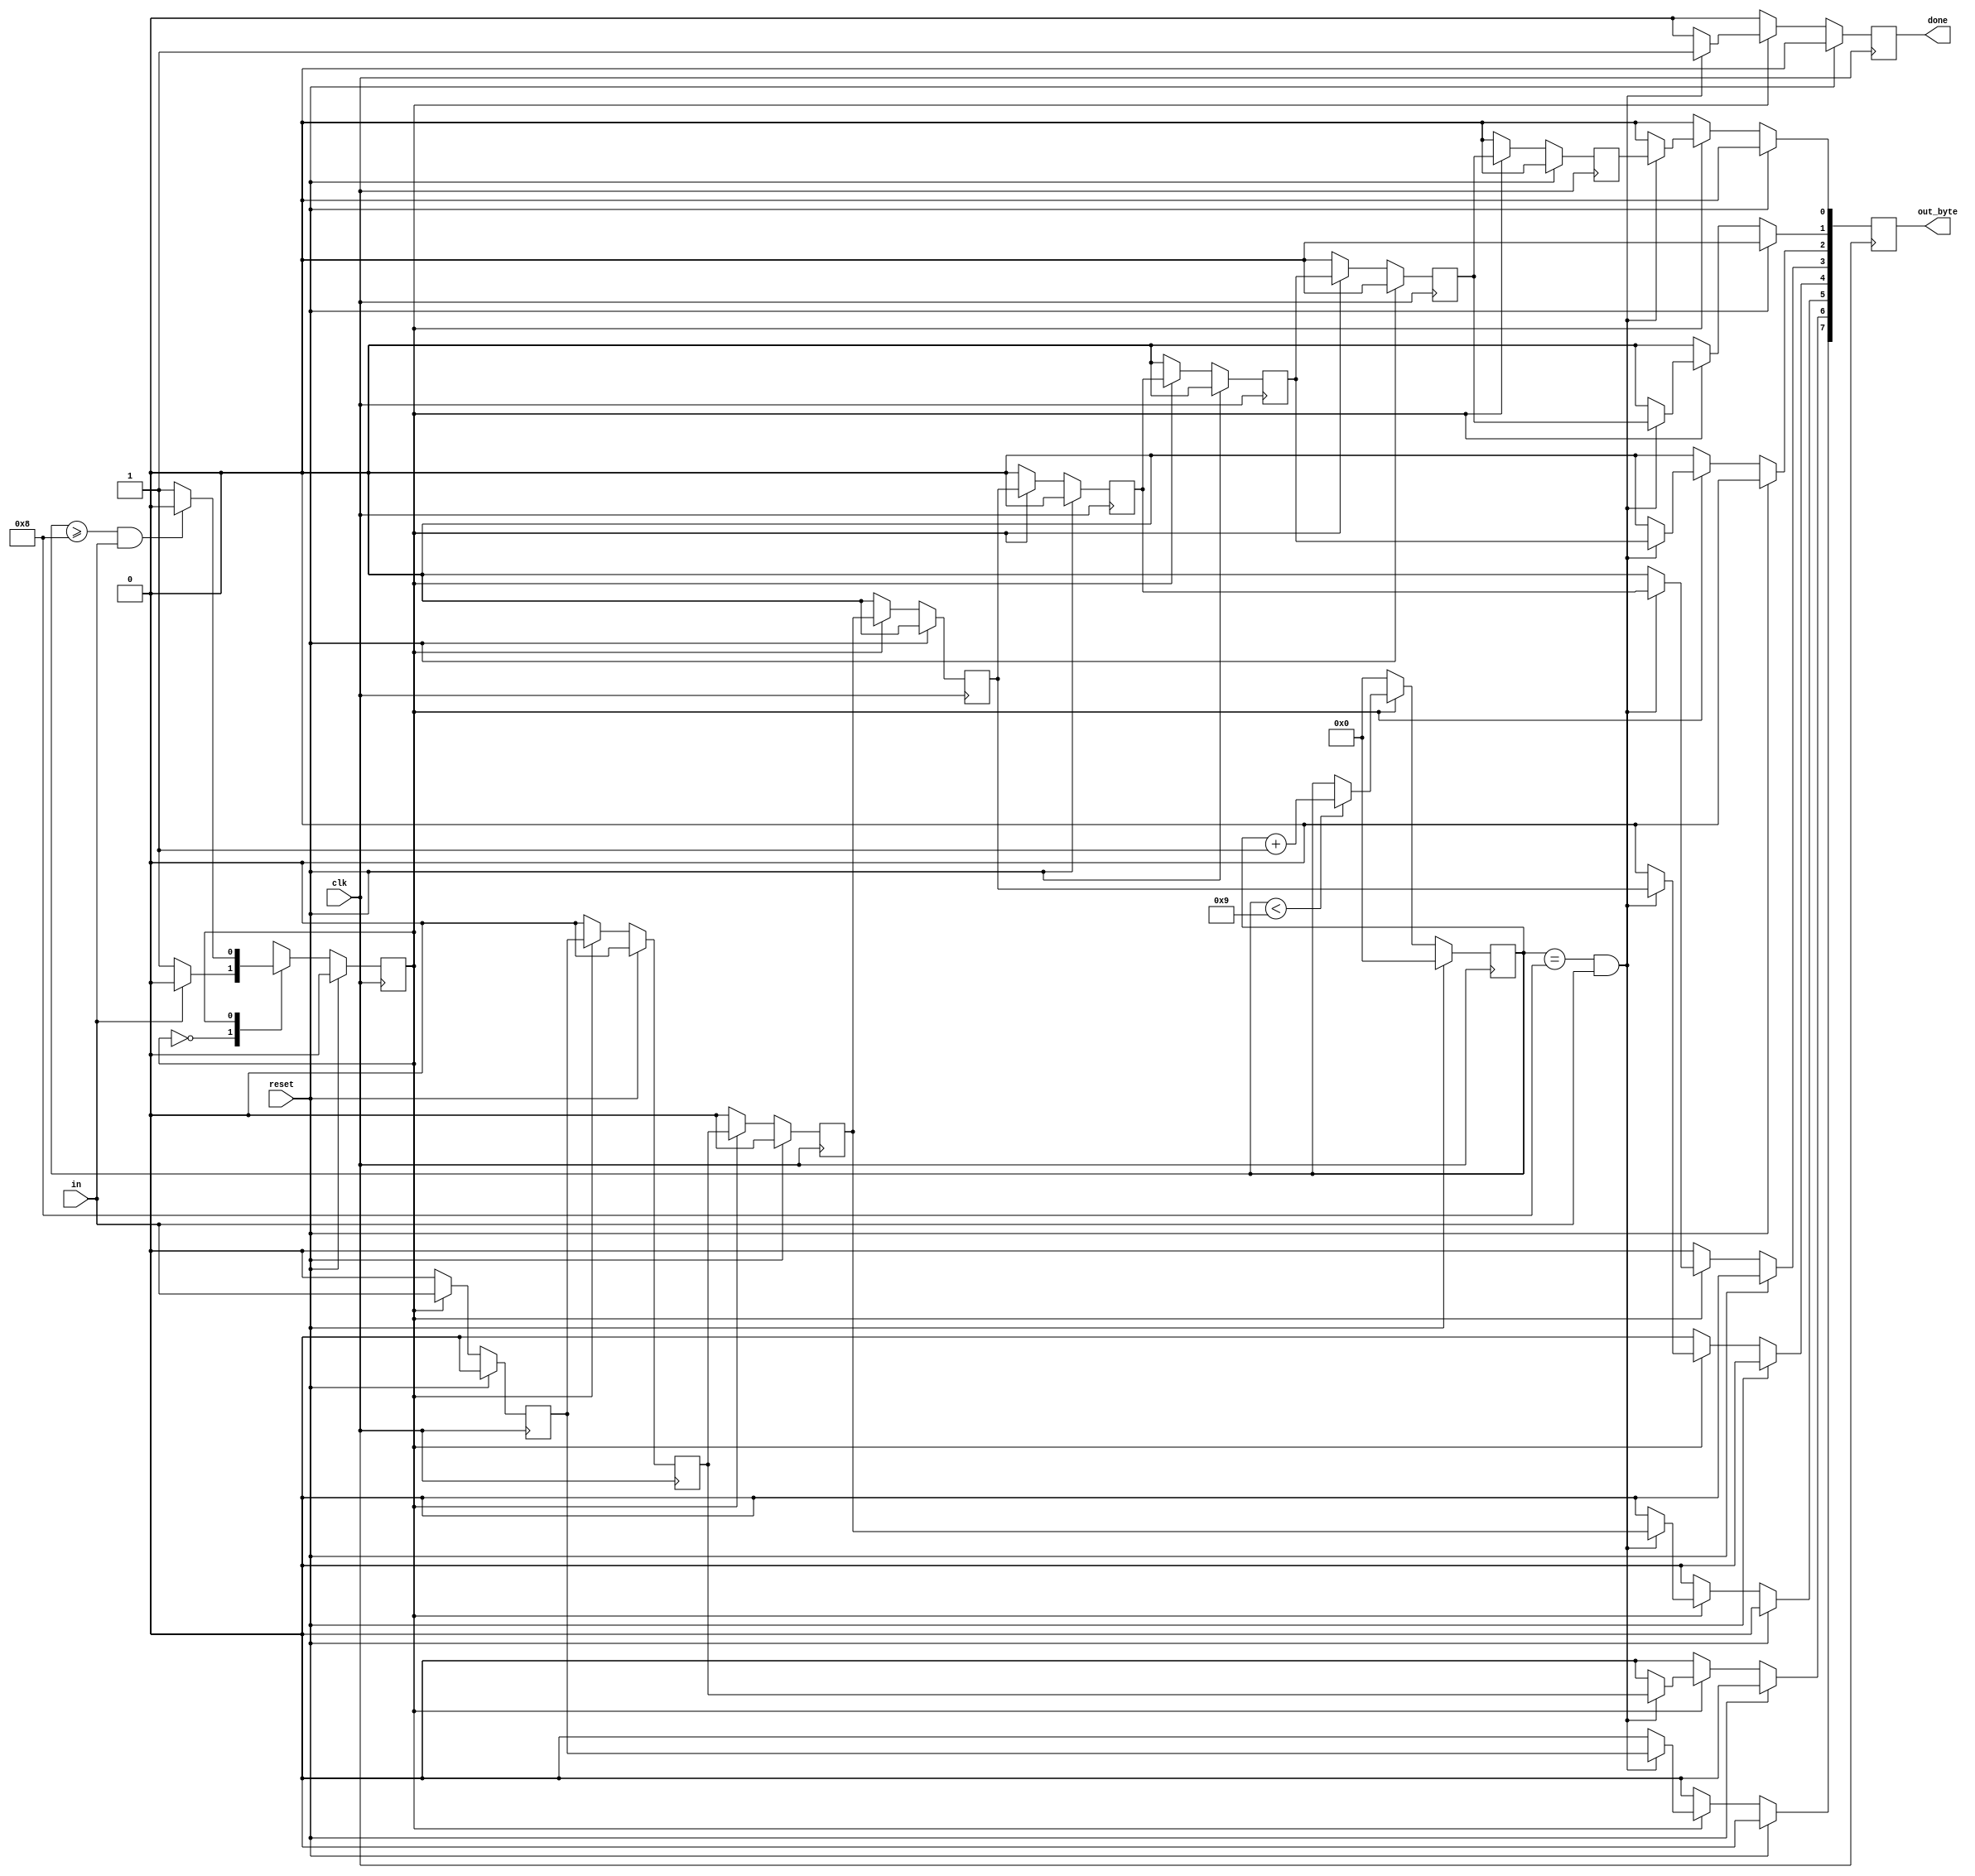
module top_module(
    input clk,
    input in,
    input reset,    // Synchronous reset
    output	[7:0]	out_byte,
    output done
); 
    localparam IDLE = 1'b0;
    localparam RECV = 1'b1;
    
	// detect input
    wire	w_data_0d = in;
    
    // FSM
    reg		r_crnt_state;
    reg		w_next_state;
    
    reg	[3:0]	r_cnt;
    
    always @(posedge clk) begin
        if (reset) begin
            r_crnt_state	<= IDLE;
        end
        else begin
            r_crnt_state	<= w_next_state;
        end
    end
    
    // next state logic
    always @(*) begin
        case (r_crnt_state)
            IDLE: w_next_state = (w_data_0d)? r_crnt_state : RECV;
            RECV: w_next_state = (r_cnt >= 'd8 & w_data_0d)? IDLE : r_crnt_state;
            default: w_next_state = r_crnt_state;
        endcase
    end
    
    // counter
    always @(posedge clk) begin
        if (reset) begin
            r_cnt	<= 'd0;
        end
        else if (r_crnt_state == RECV) begin
            r_cnt	<= (r_cnt < 'd9)? r_cnt + 'd1 : r_cnt;
        end
        else begin
           	r_cnt	<= 'd0; 
        end
    end
    
    // get input
    reg		r_data_1d;
    reg		r_data_2d;
    reg		r_data_3d;
    reg		r_data_4d;
    reg		r_data_5d;
    reg		r_data_6d;
    reg		r_data_7d;
    reg		r_data_8d;
    
    always @(posedge clk) begin
        if (reset) begin
            r_data_1d	<= 'd0;
            r_data_2d	<= 'd0;
            r_data_3d	<= 'd0;
            r_data_4d	<= 'd0;
            r_data_5d	<= 'd0;
            r_data_6d	<= 'd0;
            r_data_7d	<= 'd0;
            r_data_8d	<= 'd0;
        end
        else if( r_crnt_state == RECV ) begin
            r_data_1d	<= w_data_0d;
            r_data_2d	<= r_data_1d;
            r_data_3d	<= r_data_2d;
            r_data_4d	<= r_data_3d;
            r_data_5d	<= r_data_4d;
            r_data_6d	<= r_data_5d;
            r_data_7d	<= r_data_6d;
            r_data_8d	<= r_data_7d;
        end
        else begin
            r_data_1d	<= 'd0;
            r_data_2d	<= 'd0;
            r_data_3d	<= 'd0;
            r_data_4d	<= 'd0;
            r_data_5d	<= 'd0;
            r_data_6d	<= 'd0;
            r_data_7d	<= 'd0;
            r_data_8d	<= 'd0;    
        end
    end
    
	// Done logic
    reg	[7:0]	r_data;
    reg			r_done;
    
    always @(posedge clk) begin
        if (reset) begin
            r_data	<= 'd0;
            r_done	<= 'd0;
        end
        else if( r_crnt_state == RECV ) begin
          if ( (r_cnt == 'd8) & w_data_0d ) begin  // lsb first
                r_data[0]	<= r_data_8d;
                r_data[1]	<= r_data_7d;
                r_data[2]	<= r_data_6d;
                r_data[3]	<= r_data_5d;
                r_data[4]	<= r_data_4d;
                r_data[5]	<= r_data_3d;
                r_data[6]	<= r_data_2d;
                r_data[7]	<= r_data_1d;
                
                r_done		<= 'd1;
            end
            else begin
            	r_data	<= 'd0;
            	r_done	<= 'd0;   
            end
        end
        else begin
            r_data	<= 'd0;
            r_done	<= 'd0;     
        end
    end
    
    // output assign
    assign done	= r_done;
    assign out_byte = r_data;

endmodule